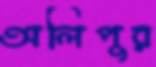
অলিপুর